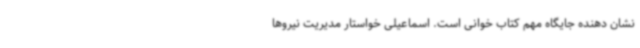
نشان دهنده جایگاه مهم کتاب خوانی است. اسماعیلی خواستار مدیریت نیروها